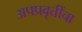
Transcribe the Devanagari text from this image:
अपप्रवृत्तींचा